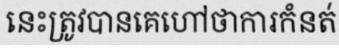
នេះត្រូវបានគេហៅថាការកំនត់